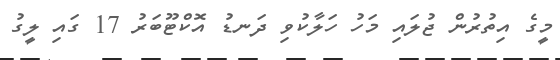
މީގެ އިތުރުން ޖުލައި މަހު ހަލާކުވި ދަނޑު އޮކްޓޫބަރު 17 ގައި ލީގު